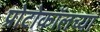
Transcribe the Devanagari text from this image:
प्रोटोकॉलच्या